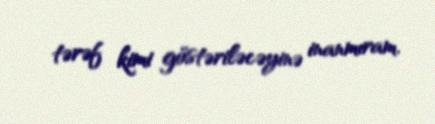
tərəf kimi göstəriləcəyinə inanmıram.